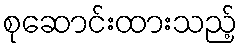
စုဆောင်းထားသည့်